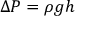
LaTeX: \Delta P = \rho g h